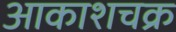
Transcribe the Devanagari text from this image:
आकाशचक्र